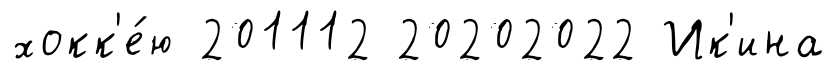
хокк'е́ю 201112 20202022 Ик'ина